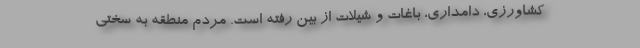
کشاورزی، دامداری، باغات و شیلات از بین رفته است. مردم منطقه به سختی